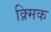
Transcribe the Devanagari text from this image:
क्र्मिक